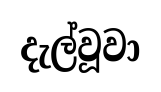
දැල්වූවා